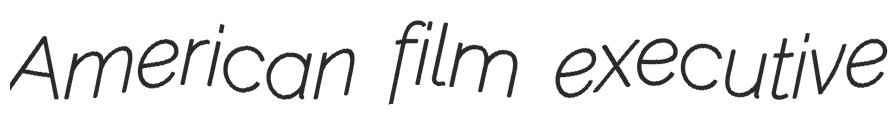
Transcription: American film executive